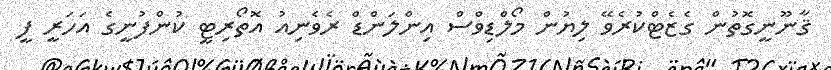
ޤާނޫނީގޮތުން ގެޒެޓްކުރެވޭ ލިޔުން މޯލްޑިވްސް އިންލަންޑް ރެވެނިއު އޮތޯރިޓީ ކުންފުނީގެ އަހަރީ ފީ